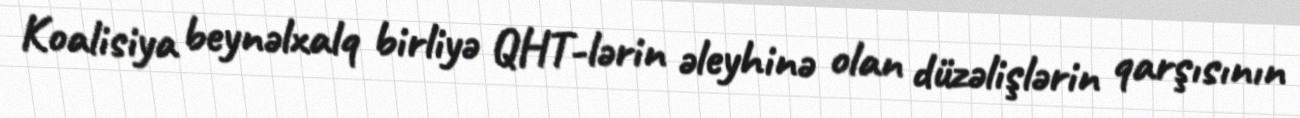
Koalisiya beynəlxalq birliyə QHT-lərin əleyhinə olan düzəlişlərin qarşısının